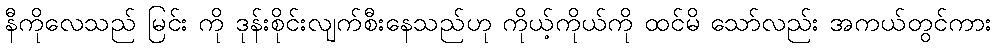
နီကိုလေသည် မြင်း ကို ဒုန်းစိုင်းလျက်စီးနေသည်ဟု ကိုယ့်ကိုယ်ကို ထင်မိ သော်လည်း အကယ်တွင်ကား